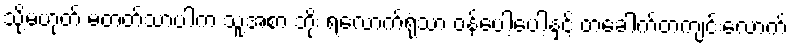
သို့မဟုတ် မတတ်သာပါက သူ့အစာ ဘိုး ရလောက်ရုံသာ ဝန်ပေါ့ပေါ့နှင့် တခေါက်တကျင်းလောက်